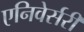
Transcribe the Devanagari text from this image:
एनिवेर्सरी